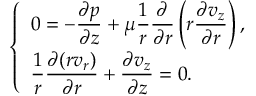
\left\{ \begin{array} { l l } { \displaystyle 0 = - \frac { \partial p } { \partial z } + \mu \frac { 1 } { r } \frac { \partial } { \partial r } \left( r \frac { \partial v _ { z } } { \partial r } \right) , } \\ { \displaystyle \frac { 1 } { r } \frac { \partial ( r v _ { r } ) } { \partial r } + \frac { \partial v _ { z } } { \partial z } = 0 . } \end{array} \right.